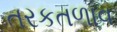
તરકતળાવ